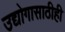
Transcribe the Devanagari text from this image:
उद्योगासाठीही